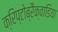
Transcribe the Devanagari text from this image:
क्रिप्टोब्रैंक्वाडिया